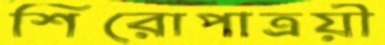
শিরোপাত্রয়ী